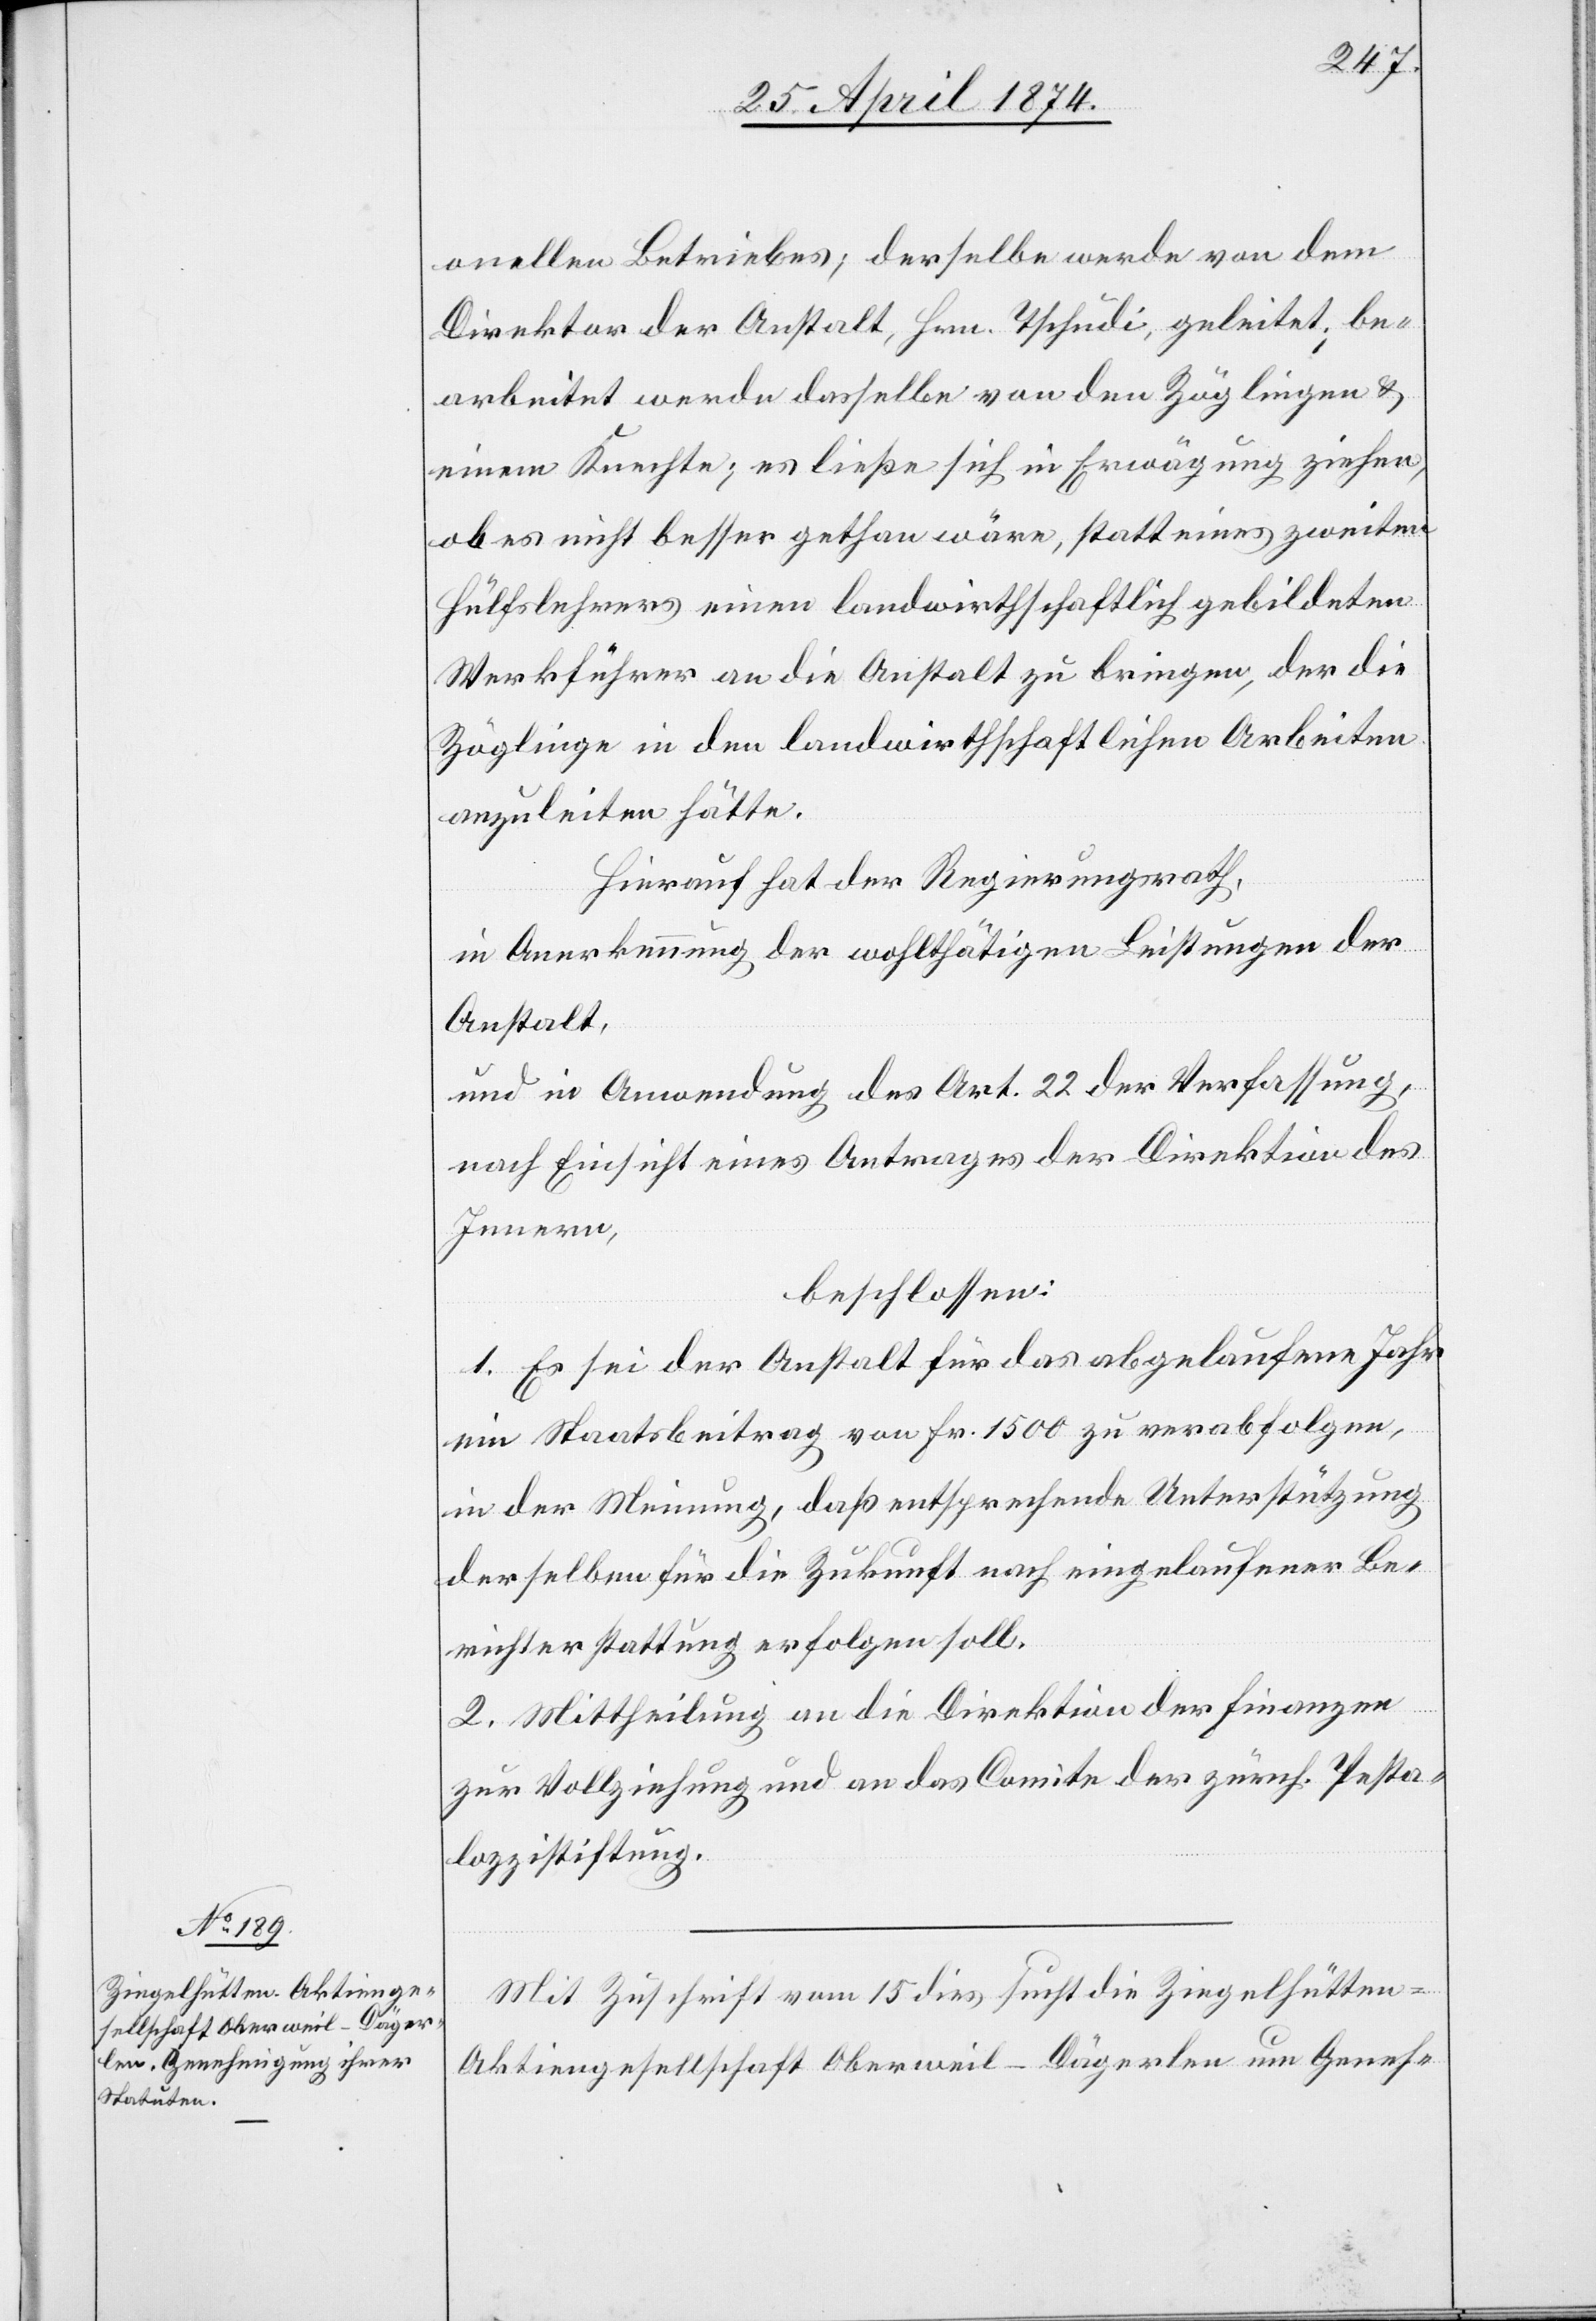
onellen Betriebes; derselbe werde von dem
Direktor der Anstalt, Hrn. Tschudi, geleitet; be¬
arbeitet werde dasselbe von den Zöglingen u.
einem Knechte; es ließe sich in Erwägung ziehen,
ob es nicht besser gethan wäre, statt eines zweiten
Hülfslehrers einen landwirthschaftlich gebildeten
Werkführer an die Anstalt zu bringen, der die
Zöglinge in den landwirthschaftlichen Arbeiten
anzuleiten hätte.
Hierauf hat der Regierungsrath,
in Anerkennung der wohlthätigen Leistungen der
Anstalt,
und in Anwendung des Art. 22 der Verfassung,
nach Einsicht eines Antrages der Direktion des
Innern,
beschlossen:
1. Es sei der Anstalt für das abgelaufene Jahr
ein Staatsbeitrag von Fr. 1500 zu verabfolgen,
in der Meinung, daß entsprechende Unterstützung
derselben für die Zukunft nach eingelaufener Be¬
richterstattung erfolgen soll.
2. Mittheilung an die Direktion der Finanzen
zur Vollziehung und an das Comite der zürch. Pesta¬
lozzistiftung.
Mit Zuschrift vom 15. dies sucht die Ziegelhütten-A¬
ktiengesellschaft Oberweil-Dägerlen um Geneh-